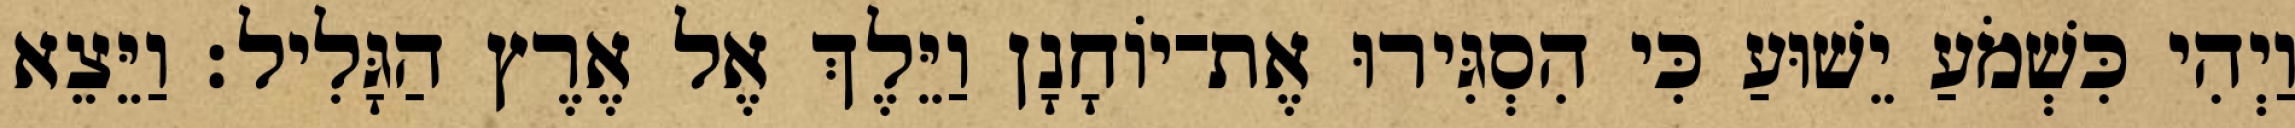
וַיְהִי כִּשְׁמֹעַ יֵשׁוּעַ כִּי הִסְגִּירוּ אֶת־יוֹחָנָן וַיֵּלֶךְ אֶל אֶרֶץ הַגָּלִיל׃ וַיֵּצֵא